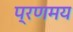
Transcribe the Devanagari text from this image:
प्रणमय